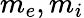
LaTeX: m_{e},m_{i}